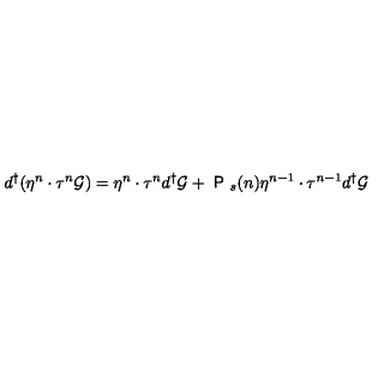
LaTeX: { d ^ { \dagger } } ( \eta ^ { n } \cdot \tau ^ { n } { \cal { G } } ) = \eta ^ { n } \cdot \tau ^ { n } { d ^ { \dagger } } { \cal { G } } + { \textsf { P } } _ { s } ( n ) \eta ^ { n - 1 } \cdot \tau ^ { n - 1 } { d ^ { \dagger } } { \cal { G } }